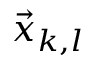
\vec { x } _ { k , l }